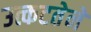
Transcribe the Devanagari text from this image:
उत्कटतेने